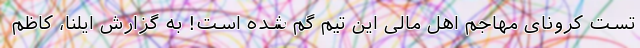
تست کرونای مهاجم اهل مالی این تیم گم شده است! به گزارش ایلنا، کاظم